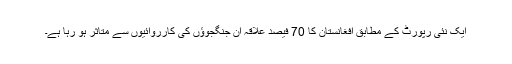
ایک نئی رپورٹ کے مطابق افغانستان کا 70 فیصد علاقہ ان جنگجوؤں کی کارروائیوں سے متاثر ہو رہا ہے۔